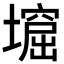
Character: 𡑣